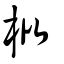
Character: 枇